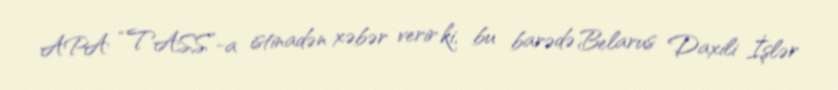
APA “TASS”-a istinadən xəbər verir ki, bu barədə Belarus Daxili İşlər